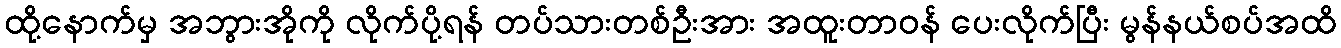
ထို့နောက်မှ အဘွားအိုကို လိုက်ပို့ရန် တပ်သားတစ်ဦးအား အထူးတာဝန် ပေးလိုက်ပြီး မွန်နယ်စပ်အထိ